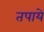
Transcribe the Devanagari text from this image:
तपाये